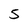
Character: 5